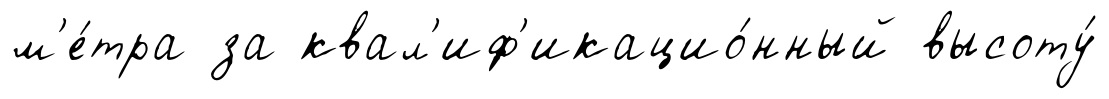
м'е́тра за квал'иф'икацио́нный высоту́